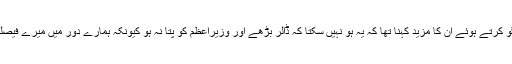
کمرہ عدالت میں میڈیا سے غیر رسمی گفتگو کرتے ہوئے ان کا مزید کہنا تھا کہ یہ ہو نہیں سکتا کہ ڈالر بڑھے اور وزیراعظم کو پتا نہ ہو کیونکہ ہمارے دور میں میرے فیصلے کے بغیر ڈالر 10 پیسے بھی نہیں بڑھا۔